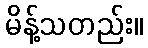
မိန့်သတည်း။